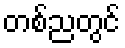
တစ်ညတွင်